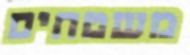
משטחים